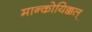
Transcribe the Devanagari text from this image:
मान्कोयिक्कल्